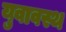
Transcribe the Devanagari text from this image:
युवावस्थ